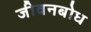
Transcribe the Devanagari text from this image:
जीवनबोध